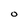
Character: O